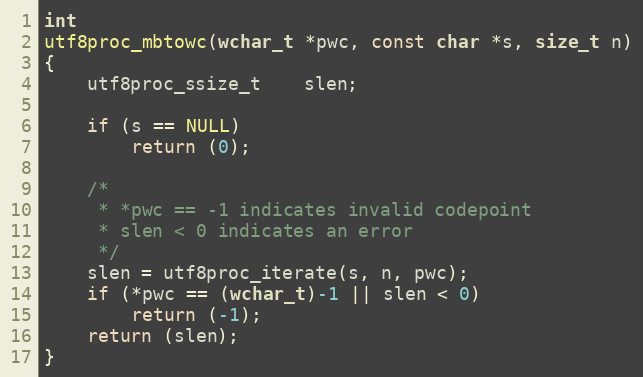
Language: C
int
utf8proc_mbtowc(wchar_t *pwc, const char *s, size_t n)
{
	utf8proc_ssize_t	slen;

	if (s == NULL)
		return (0);

	/*
	 * *pwc == -1 indicates invalid codepoint
	 * slen < 0 indicates an error
	 */
	slen = utf8proc_iterate(s, n, pwc);
	if (*pwc == (wchar_t)-1 || slen < 0)
		return (-1);
	return (slen);
}